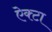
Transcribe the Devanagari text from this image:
ऐक्टा